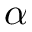
\alpha